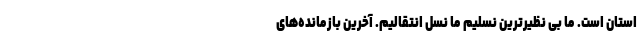
استان است. ما بی‌ نظیرترین نسلیم ما نسل انتقالیم. آخرین بازمانده‌های